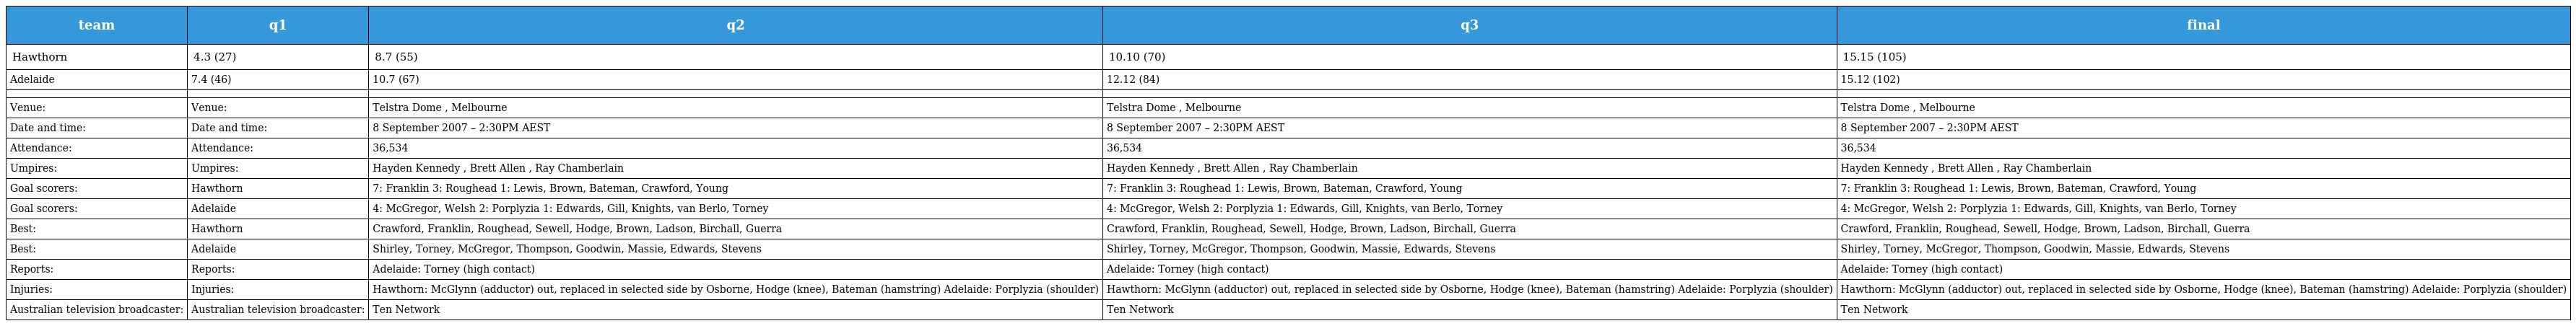
| team | q1 | q2 | q3 | final |
 | --- | --- | --- | --- | --- |
 | Hawthorn | 4.3 (27) | 8.7 (55) | 10.10 (70) | 15.15 (105) |
 | Adelaide | 7.4 (46) | 10.7 (67) | 12.12 (84) | 15.12 (102) |
 |  |  |  |  |  |
 | Venue: | Venue: | Telstra Dome , Melbourne | Telstra Dome , Melbourne | Telstra Dome , Melbourne |
 | Date and time: | Date and time: | 8 September 2007 – 2:30PM AEST | 8 September 2007 – 2:30PM AEST | 8 September 2007 – 2:30PM AEST |
 | Attendance: | Attendance: | 36,534 | 36,534 | 36,534 |
 | Umpires: | Umpires: | Hayden Kennedy , Brett Allen , Ray Chamberlain | Hayden Kennedy , Brett Allen , Ray Chamberlain | Hayden Kennedy , Brett Allen , Ray Chamberlain |
 | Goal scorers: | Hawthorn | 7: Franklin 3: Roughead 1: Lewis, Brown, Bateman, Crawford, Young | 7: Franklin 3: Roughead 1: Lewis, Brown, Bateman, Crawford, Young | 7: Franklin 3: Roughead 1: Lewis, Brown, Bateman, Crawford, Young |
 | Goal scorers: | Adelaide | 4: McGregor, Welsh 2: Porplyzia 1: Edwards, Gill, Knights, van Berlo, Torney | 4: McGregor, Welsh 2: Porplyzia 1: Edwards, Gill, Knights, van Berlo, Torney | 4: McGregor, Welsh 2: Porplyzia 1: Edwards, Gill, Knights, van Berlo, Torney |
 | Best: | Hawthorn | Crawford, Franklin, Roughead, Sewell, Hodge, Brown, Ladson, Birchall, Guerra | Crawford, Franklin, Roughead, Sewell, Hodge, Brown, Ladson, Birchall, Guerra | Crawford, Franklin, Roughead, Sewell, Hodge, Brown, Ladson, Birchall, Guerra |
 | Best: | Adelaide | Shirley, Torney, McGregor, Thompson, Goodwin, Massie, Edwards, Stevens | Shirley, Torney, McGregor, Thompson, Goodwin, Massie, Edwards, Stevens | Shirley, Torney, McGregor, Thompson, Goodwin, Massie, Edwards, Stevens |
 | Reports: | Reports: | Adelaide: Torney (high contact) | Adelaide: Torney (high contact) | Adelaide: Torney (high contact) |
 | Injuries: | Injuries: | Hawthorn: McGlynn (adductor) out, replaced in selected side by Osborne, Hodge (knee), Bateman (hamstring) Adelaide: Porplyzia (shoulder) | Hawthorn: McGlynn (adductor) out, replaced in selected side by Osborne, Hodge (knee), Bateman (hamstring) Adelaide: Porplyzia (shoulder) | Hawthorn: McGlynn (adductor) out, replaced in selected side by Osborne, Hodge (knee), Bateman (hamstring) Adelaide: Porplyzia (shoulder) |
 | Australian television broadcaster: | Australian television broadcaster: | Ten Network | Ten Network | Ten Network |